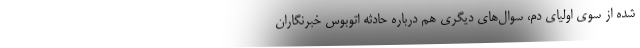
شده از سوی اولیای دم، سوال‌های دیگری هم درباره حادثه اتوبوس خبرنگاران